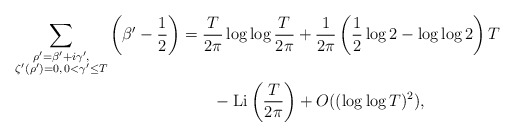
\begin{align*}\sum_{\substack{\rho'=\beta'+i\gamma',\\ \zeta'\left(\rho'\right)=0,\, 0<\gamma'\leq T}} \left(\beta'-\frac{1}{2}\right) &= \frac{T}{2\pi}\log{\log{\frac{T}{2\pi}}} + \frac{1}{2\pi}\left(\frac{1}{2}\log{2} - \log{\log{2}}\right)T\\&\quad\quad- \operatorname{Li}\left(\frac{T}{2\pi}\right) + O((\log{\log{T})^2}),\end{align*}